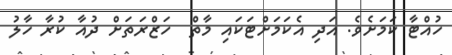
ހުއްޓާ ކަމަށެވެ. އަދި އެކަމަށްޓަކައި މާތް  ހަޒްރަތަށް ދުއާ ކުރާ ހާލު